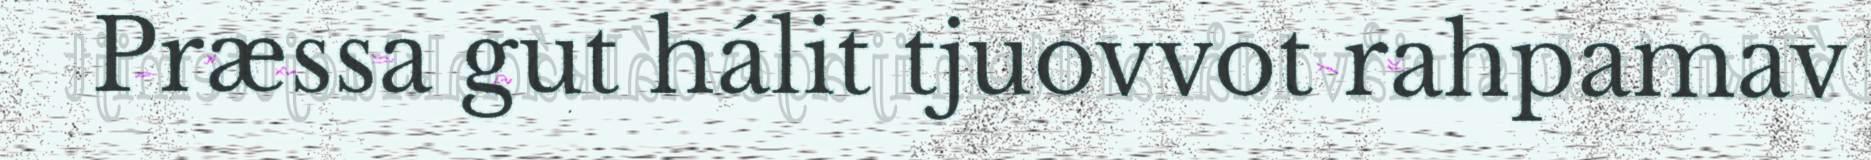
Præssa gut hálit tjuovvot rahpamav